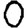
Digit: 0